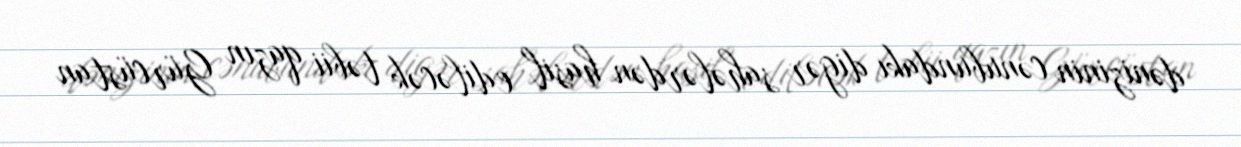
dənizinin cənubundakı digər sahələrdən hasil ediləcək təbii qazın Gürcüstan